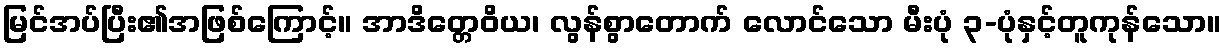
မြင်အပ်ပြီး၏အဖြစ်ကြောင့်။ အာဒိတ္တေဝိယ၊ လွန်စွာတောက် လောင်သော မီးပုံ ၃-ပုံနှင့်တူကုန်သော။